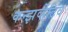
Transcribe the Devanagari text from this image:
कन्झर्व्हेटिव